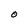
Character: 0